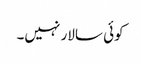
کوئی سالار نہیں۔